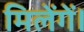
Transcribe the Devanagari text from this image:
मिलेंगें।